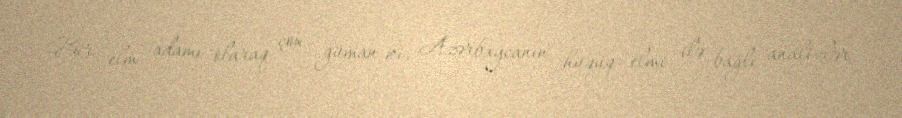
-Bir elm adamı olaraq çox güman ki, Azərbaycanın hüquq elmi ilə bağlı analizlər